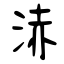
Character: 浾